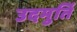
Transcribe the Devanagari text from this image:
उदमुर्ति